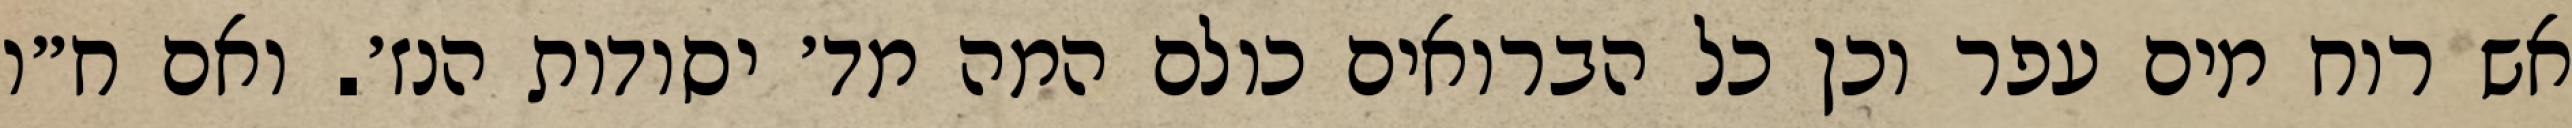
אש רוח מים עפר וכן כל הברואים כולם המה מד׳ יסודות הנז׳. ואם ח״ו